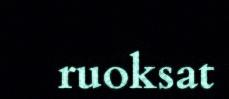
ruoksat